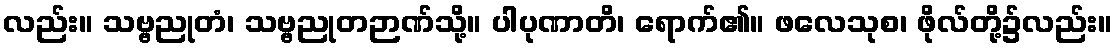
လည်း။ သဗ္ဗညုတံ၊ သဗ္ဗညုတဉာဏ်သို့။ ပါပုဏာတိ၊ ရောက်၏။ ဖလေသုစ၊ ဖိုလ်တို့၌လည်း။